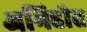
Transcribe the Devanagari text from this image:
अभिहीत